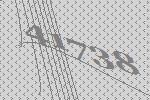
41738